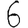
Digit: 6